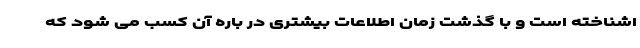
اشناخته است و با گذشت زمان اطلاعات بیشتری در باره آن کسب می شود که